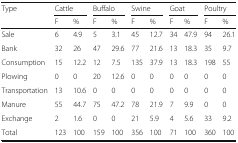
| <ROWSPAN=2> Type | <COLSPAN=2> Cattle | <COLSPAN=2> Buffalo | <COLSPAN=2> Swine | <COLSPAN=2> Goat | <COLSPAN=2> Poultry |
 | F | % | F | % | F | % | F | % | F | % |
 | --- | --- | --- | --- | --- | --- | --- | --- | --- | --- | --- |
 | Sale | 6 | 4.9 | 5 | 3.1 | 45 | 12.7 | 34 | 47.9 | 94 | 26.1 |
 | Bank | 32 | 26 | 47 | 29.6 | 77 | 21.6 | 13 | 18.3 | 35 | 9.7 |
 | Consumption | 15 | 12.2 | 12 | 7.5 | 135 | 37.9 | 13 | 18.3 | 198 | 55 |
 | Plowing | 0 | 0 | 20 | 12.6 | 0 | 0 | 0 | 0 | 0 | 0 |
 | Transportation | 13 | 10.6 | 0 | 0 | 0 | 0 | 0 | 0 | 0 | 0 |
 | Manure | 55 | 44.7 | 75 | 47.2 | 78 | 21.9 | 7 | 9.9 | 0 | 0 |
 | Exchange | 2 | 1.6 | 0 | 0 | 21 | 5.9 | 4 | 5.6 | 33 | 9.2 |
 | Total | 123 | 100 | 159 | 100 | 356 | 100 | 71 | 100 | 360 | 100 |